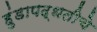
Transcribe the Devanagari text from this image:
हुंडापद्धतीचे